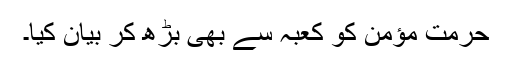
حرمت مؤمن کو کعبہ سے بھی بڑھ کر بیان کیا۔